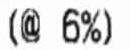
(@ 6%)